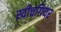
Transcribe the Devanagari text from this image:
स्वीचगियर